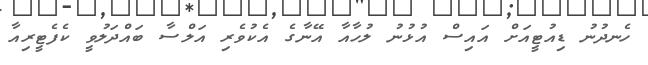
ހެނދުނު ޑިއުޓީއަށް އައިސް އުޅުނު ލުހާއާ އޭނާގެ އެކުވެރި އަލްސާ ބައްދަލުވީ ކެފެޓީރިއާ